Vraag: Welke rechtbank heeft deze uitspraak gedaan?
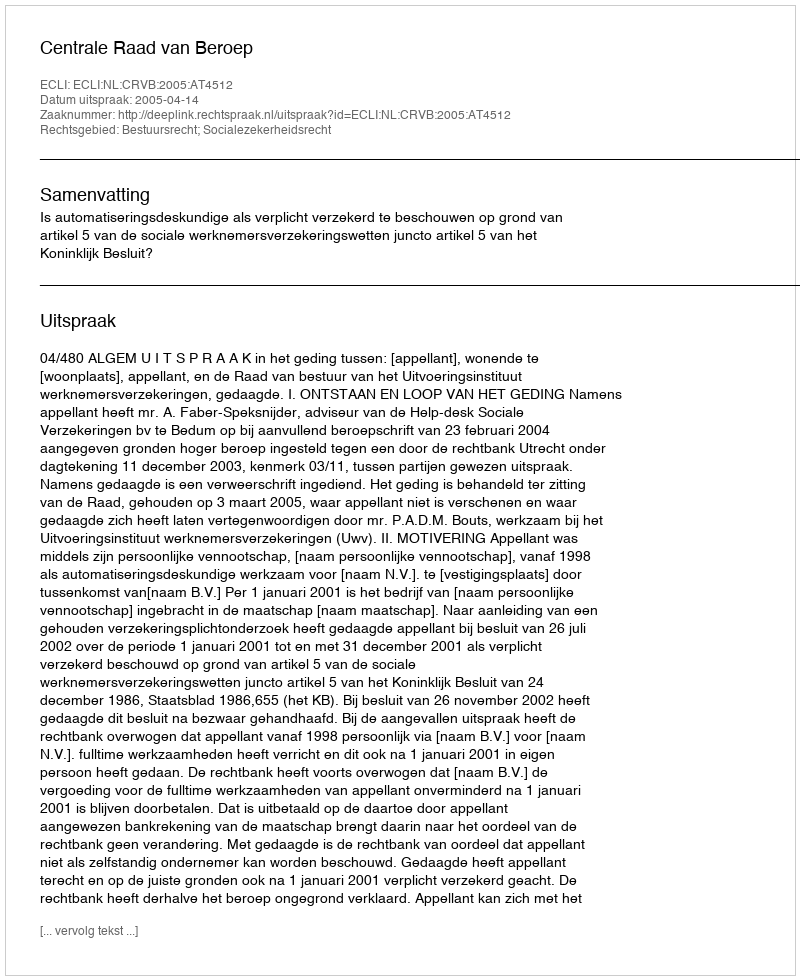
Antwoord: Centrale Raad van Beroep